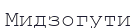
Мидзогути